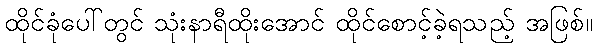
ထိုင်ခုံပေါ်တွင် သုံးနာရီထိုးအောင် ထိုင်စောင့်ခဲ့ရသည့် အဖြစ်။